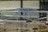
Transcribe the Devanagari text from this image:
रानच